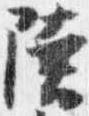
陸